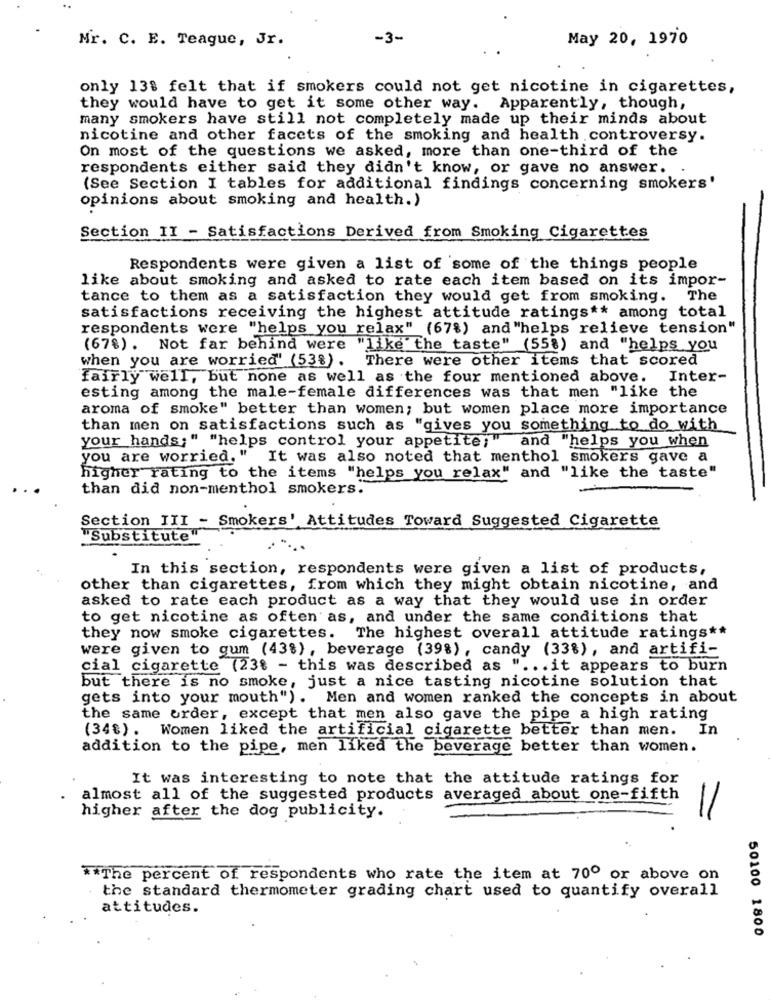
Mr. C. E. Teague, Jr.
-3-
May 20, 1970
only 138 felt that if smokers could not get nicotine in cigarettes,
they would have to get it some other way. Apparently, though,
many smokers have still not completely made up their minds about
nicotine and other facets of the smoking and health controversy.
On most of the questions we asked, more than one-third of the
..
respondents either said they didn't know, or gave no answer. .
(See Section I tables for additional findings concerning smokers'
opinions about smoking and health.)
Section II - Satisfactions Derived from Smoking Cigarettes
Respondents were given a list of some of the things people
like about smoking and asked to rate each item based on its impor-
tance to them as a satisfaction they would get from smoking. The
satisfactions receiving the highest attitude ratings ** among total
respondents were "helps you relax" (67%) and "helps relieve tension"
(678) . Not far behind were "like the taste" (558) and "helps you
when you are worried' (53%). There were other items that scored
fairly well, but none as well as the four mentioned above.
Inter-
esting among the male-female differences was that men "like the
aroma of smoke" better than women; but women place more importance
than men on satisfactions such as "gives you something to do with
your hands;" "helps control your appetite; "and "helps you when
you are worried. "
It was also noted that menthol smokers gave a
higher rating to the items "helps you relax" and "like the taste"
than did non-menthol smokers.
Section III - Smokers' Attitudes Toward Suggested Cigarette
"Substitute"
In this section, respondents were given a list of products,
other than cigarettes, from which they might obtain nicotine, and
asked to rate each product as a way that they would use in order
to get nicotine as often as, and under the same conditions that
they now smoke cigarettes.
The highest overall attitude ratings **
were given to gum (43%), beverage (39%), candy (33%), and artifi-
cial cigarette (23% - this was described as " ... it appears to burn
but there is no smoke, just a nice tasting nicotine solution that
gets into your mouth"). Men and women ranked the concepts in about
the same order, except that men also gave the pipe a high rating
(348). Women liked the artificial cigarette better than men. In
addition to the pipe, men liked the beverage better than women.
It was interesting to note that the attitude ratings for
almost all of the suggested products averaged about one-fifth
higher after the dog publicity.
** The percent of respondents who rate the item at 70º or above on
the standard thermometer grading chart used to quantify overall
attitudes.
50100 1800